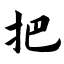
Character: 把